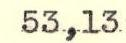
53,13